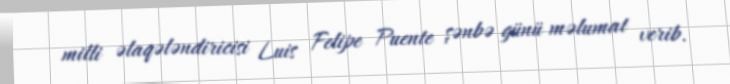
milli əlaqələndiricisi Luis Felipe Puente şənbə günü məlumat verib.